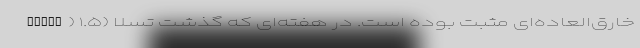
خارق‌العاده‌ای مثبت بوده است. در هفته‌ای که گذشت تسلا (Tesla) ۱.۵